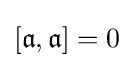
[{\mathfrak {a}},{\mathfrak {a}}]=0